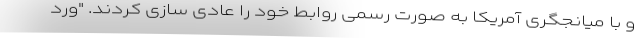
و با میانجگری آمریکا به صورت رسمی روابط خود را عادی سازی کردند. "ورد